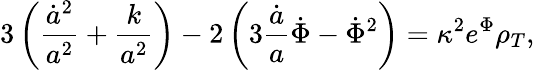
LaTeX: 3\left(\frac{\dot{a}^{2}}{a^{2}}+\frac{k}{a^{2}}\right)-2\left(3\frac{\dot{a}}{a}\dot{\Phi}-\dot{\Phi}^{2}\right)=\kappa^{2}e^{\Phi}\rho_{T},